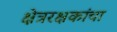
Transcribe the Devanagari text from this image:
क्षेत्ररक्षकांचा